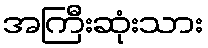
အကြီးဆုံးသား